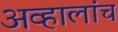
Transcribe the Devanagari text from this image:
अव्हालांच